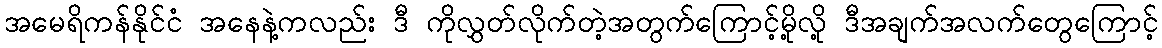
အမေရိကန်နိုင်ငံ အနေနဲ့ကလည်း ဒီ ကိုလွှတ်လိုက်တဲ့အတွက်ကြောင့်မို့လို့ ဒီအချက်အလက်တွေကြောင့်